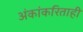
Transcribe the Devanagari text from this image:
अंकांकरिताही